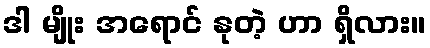
ဒါ မျိုး အရောင် နုတဲ့ ဟာ ရှိလား။